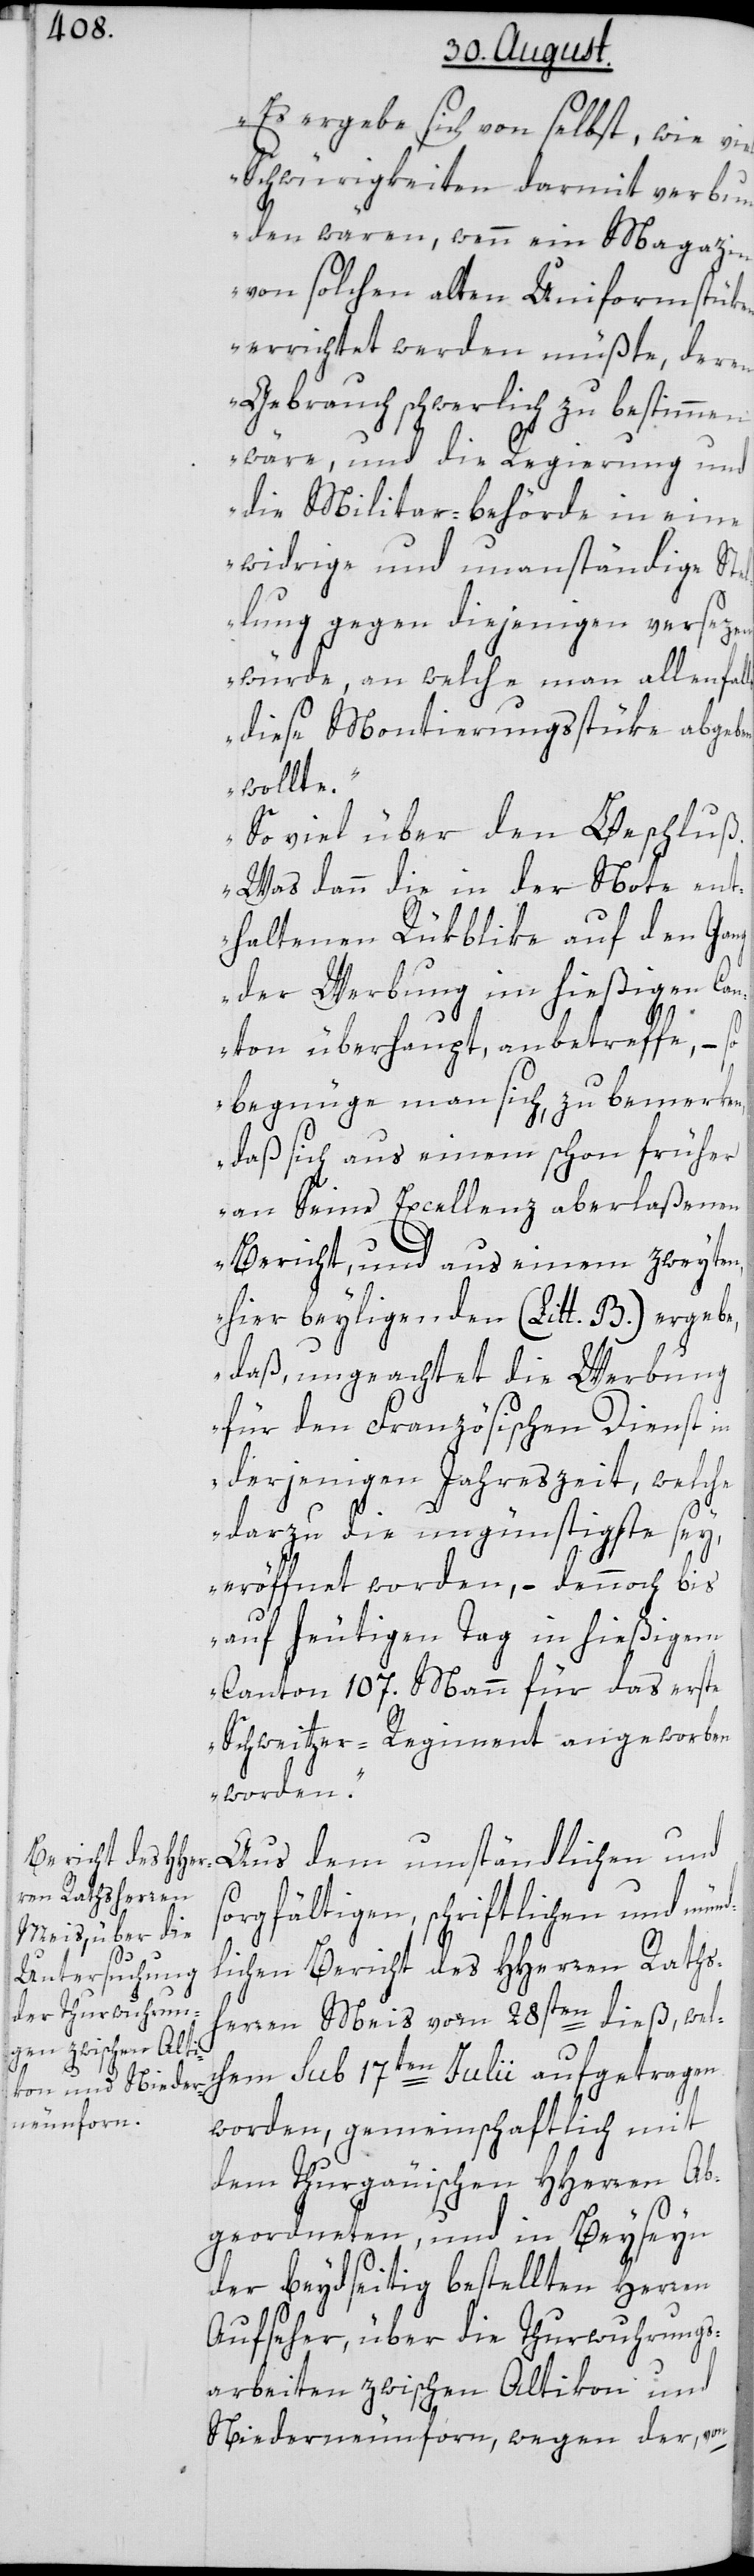
Es ergebe sich von selbst, wie
Schwürigkeiten darmit verbun¬
den wären, wenn ein Magazin
von solchen alten Uniformstüken
errichtet werden müßte, deren
Gebrauch schwerlich zu bestimmen
wäre, und die Regierung und
die Militar-behörde in eine
widrige und unanständige Ste¬
llung gegen diejenigen versezen
würde, an welche man allenfalls
diese Montierungsstüke abgeben
wollte.
So viel über den Beschluß.
Was dann die in der Note ent¬
haltenen Rükblike auf den Gang
der Werbung im hießigen Ca¬
nton überhaupt, anbetreffe, – so
begnüge man sich, zu bemerken,
daß sich aus einem schon früher
an Seine Excellenz aberlaßenen
Bericht, und aus einem zweyten,
hier beyliegenden (Litt. B.) ergebe,
daß ungeachtet die Werbung
für den Französischen Dienst in
derjenigen Jahreszeit, welche
darzu die ungünstigste sey,
eröffnet worden, – dennoch bis
auf heutigen Tag in hießigem
Canton 107. Mann für das erste
Schweitzer-Regiment angeworben
worden.“
sorgfältigen, schriftlichen und münd¬
lichen Bericht des HHerren Raths¬
herren Meis vom 28sten dieß, wel¬
chem sub 17ten Julii aufgetragen
worden, gemeinschaftlich mit
dem Thurgäuischen HHerren Ab¬
geordneten, und in Beyseyn
der beydseitig bestellten Herren
Aufseher, über die Thurwuhrungs¬
arbeiten zwischen Altikon und
Niederneunforn, wegen der, von